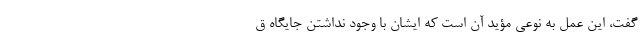
گفت، این عمل به نوعی مؤید آن است که ایشان با وجود نداشتن جایگاه ق